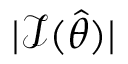
| { \mathcal { I } } ( { \widehat { \theta } } ) |